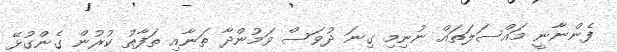
ފެންނާނީ މައްސަލަތައް ނުނިމި ގިނަ ދުވަސް ވަމުންދާ ތަނާއި ތަފާތު ކުރުން ގެންގުޅޭ